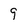
Character: 9